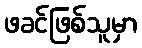
ဖခင်ဖြစ်သူမှာ